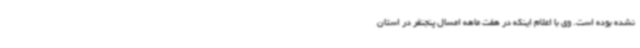
نشده بوده است. وی با اعلام اینکه در هفت ماهه امسال پنجنفر در استان